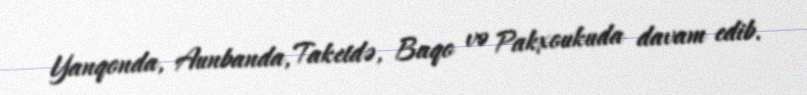
Yanqonda, Aunbanda, Taketdə, Baqo və Pakxoukuda davam edib.